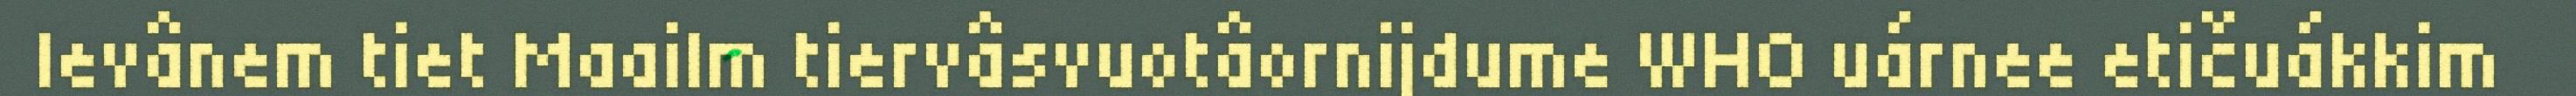
levânem tiet Maailm tiervâsvuotâornijdume WHO uárnee etičuákkim